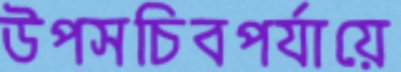
উপসচিবপর্যায়ে